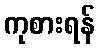
ကုစားရန်